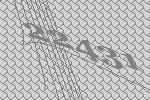
22431